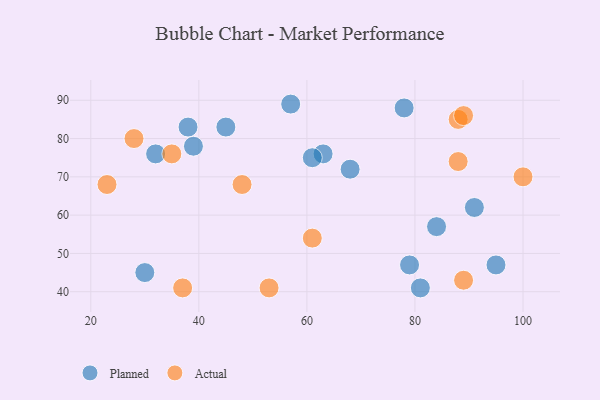
{"axis": {"x": "GDP", "y": "Life Expectancy"}, "legend": ["Actual", "Planned"], "data": [{"x": "39", "y": 78, "type": "Planned"}, {"x": "63", "y": 76, "type": "Planned"}, {"x": "68", "y": 72, "type": "Planned"}, {"x": "57", "y": 89, "type": "Planned"}, {"x": "38", "y": 83, "type": "Planned"}, {"x": "95", "y": 47, "type": "Planned"}, {"x": "45", "y": 83, "type": "Planned"}, {"x": "32", "y": 76, "type": "Planned"}, {"x": "79", "y": 47, "type": "Planned"}, {"x": "91", "y": 62, "type": "Planned"}, {"x": "81", "y": 41, "type": "Planned"}, {"x": "84", "y": 57, "type": "Planned"}, {"x": "61", "y": 75, "type": "Planned"}, {"x": "78", "y": 88, "type": "Planned"}, {"x": "30", "y": 45, "type": "Planned"}, {"x": "28", "y": 80, "type": "Actual"}, {"x": "53", "y": 41, "type": "Actual"}, {"x": "88", "y": 85, "type": "Actual"}, {"x": "61", "y": 54, "type": "Actual"}, {"x": "89", "y": 43, "type": "Actual"}, {"x": "88", "y": 74, "type": "Actual"}, {"x": "37", "y": 41, "type": "Actual"}, {"x": "48", "y": 68, "type": "Actual"}, {"x": "100", "y": 70, "type": "Actual"}, {"x": "35", "y": 76, "type": "Actual"}, {"x": "89", "y": 86, "type": "Actual"}, {"x": "23", "y": 68, "type": "Actual"}]}